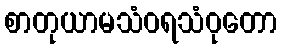
စာတုယာမသံဝရသံဝုတော